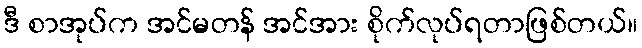
ဒီ စာအုပ်က အင်မတန် အင်အား စိုက်လုပ်ရတာဖြစ်တယ်။